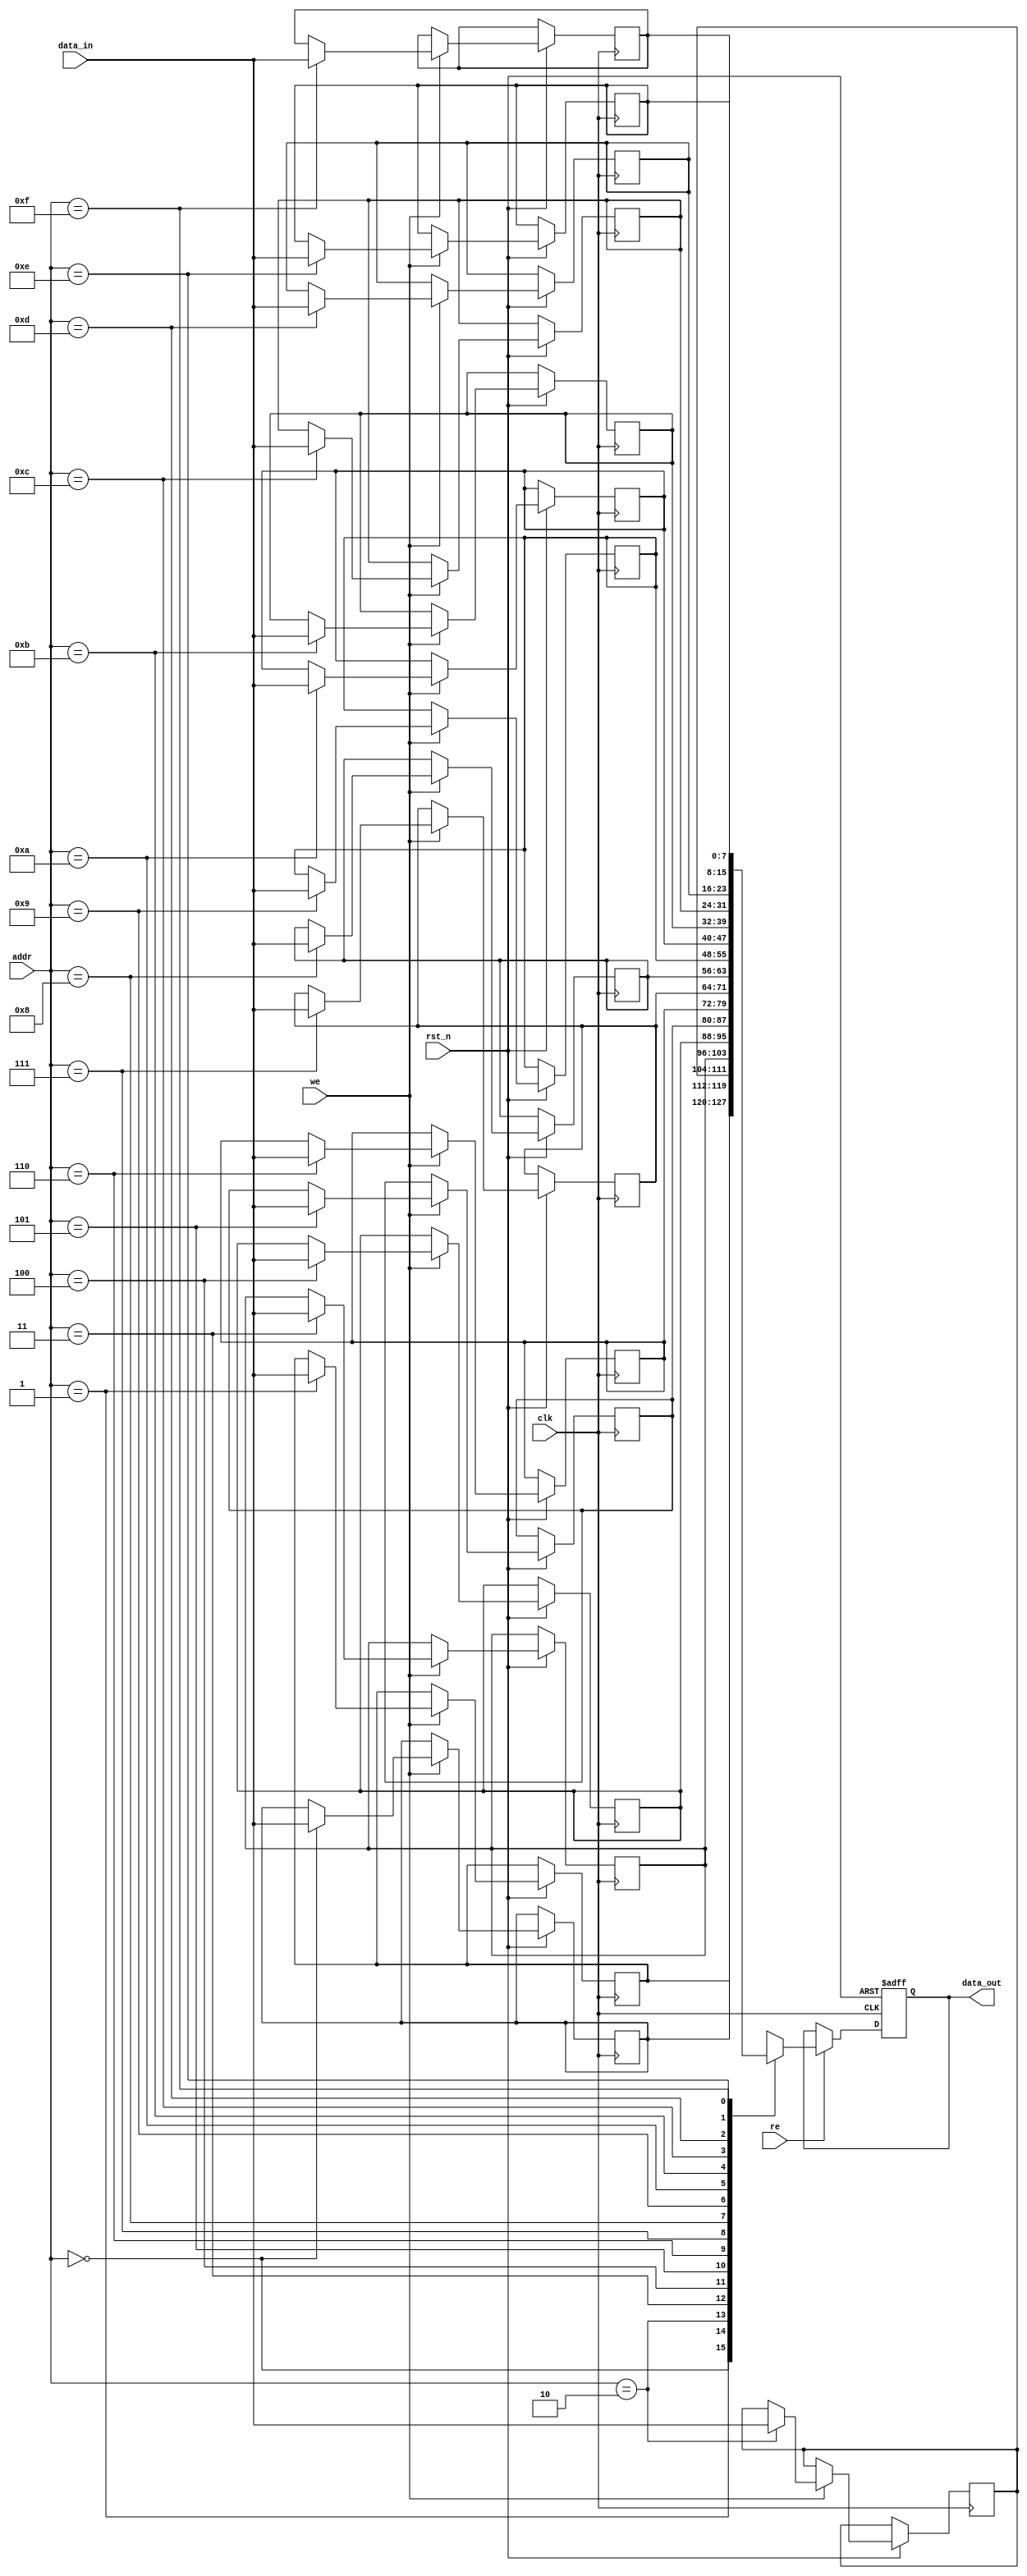
module low_power_sram #(
    parameter ADDR_WIDTH = 4, // Address width
    parameter DATA_WIDTH = 8,  // Data width
    parameter MEM_SIZE = 16     // Memory size (2^ADDR_WIDTH)
)(
    input wire clk,
    input wire rst_n,
    input wire [ADDR_WIDTH-1:0] addr,
    input wire [DATA_WIDTH-1:0] data_in,
    input wire we, // Write enable
    input wire re, // Read enable
    output reg [DATA_WIDTH-1:0] data_out
);

    // Memory array (16 x 8 SRAM)
    reg [DATA_WIDTH-1:0] mem [0:MEM_SIZE-1];

    // Address decoder
    wire [ADDR_WIDTH-1:0] decoded_addr;
    assign decoded_addr = addr;

    // Control Logic
    always @(posedge clk or negedge rst_n) begin
        if (!rst_n) begin
            data_out <= 0;
        end else begin
            if (we) begin
                // Write operation
                mem[decoded_addr] <= data_in;
            end
            if (re) begin
                // Read operation
                data_out <= mem[decoded_addr];
            end
        end
    end

    // Power Management (simplified)
    // Here you would implement clock gating and power gating techniques
    // For this example, we will just show a simple enable signal
    wire enable = we | re; // Enable if either read or write is active

    // Additional features like EDC, refresh mechanisms, etc. would go here

endmodule